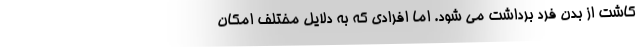
کاشت از بدن فرد برداشت می شود. اما افرادی که به دلایل مختلف امکان